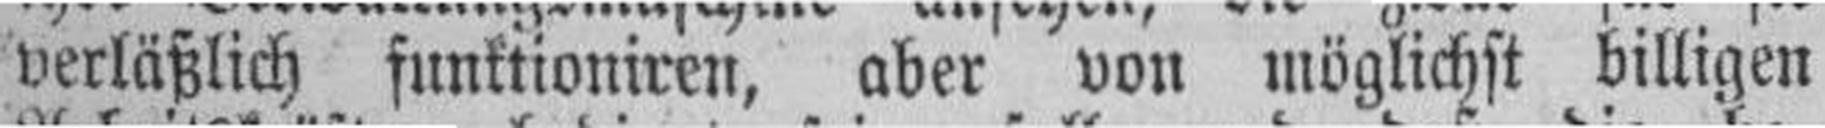
verläßlich funktioniren, aber von möglichst billigen